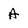
Character: A